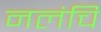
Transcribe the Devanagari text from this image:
नलंचि